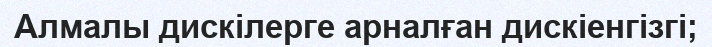
Алмалы дискілерге арналған дискіенгізгі;